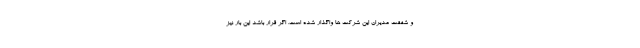
و شفقت مدیران این شرکت ها واگذار شده است. اگر قرار باشد این بار نیز